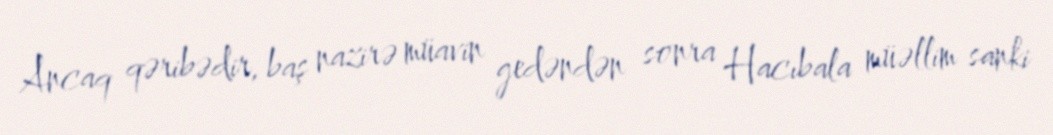
Ancaq qəribədir, baş nazirə müavin gedəndən sonra Hacıbala müəllim sanki